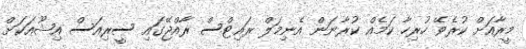
މީރާއަށް ކުރެވޭ ހުރިހާ ކަމެއް ކުރާނަން އެނިމަލް ރައިޓްސް ރާއްޖޭގައި ސީރިއަސް އިޝޫއަކަށް